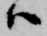
ハ